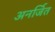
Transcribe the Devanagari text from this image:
अनर्जित